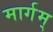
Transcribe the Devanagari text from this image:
मार्गम्